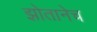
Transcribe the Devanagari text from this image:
झोतानेच